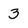
Character: 3